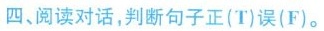
四、阅读对话,判断句子正(T)误(F).